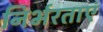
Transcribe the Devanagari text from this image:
निर्भरताएं